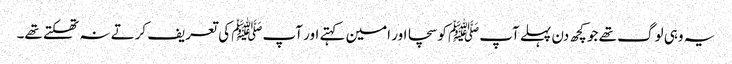
یہ وہی لوگ تھے جو کچھ دن پہلے آپﷺ کو سچا اور امین کہتے اور آپﷺ کی تعریف کرتے نہ تھکتے تھے۔